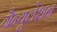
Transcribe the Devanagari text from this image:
ग्रैन्यूलेशन